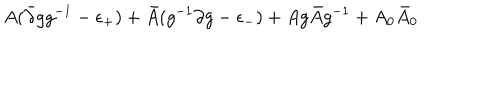
LaTeX: A ( \bar { \partial } g g ^ { - 1 } - \epsilon _ { + } ) + \bar { A } ( g ^ { - 1 } \partial g - \epsilon _ { - } ) + A g \bar { A } g ^ { - 1 } + A _ { 0 } \bar { A } _ { 0 }